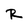
Character: R